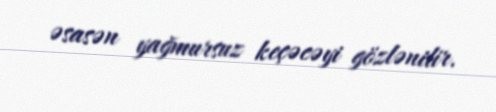
əsasən yağmursuz keçəcəyi gözlənilir.